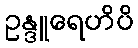
ဥန္ဒူရေဟိပိ